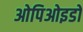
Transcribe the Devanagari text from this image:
ओपिओइडों